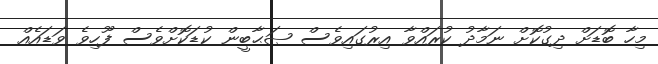
މިހާ ބޮޑަށް ދިގުކޮށް ނަމާދު ކުރައްވާ އިރުގައިވެސް ޞަޙާބީން ކުޑަކޮށްވެސް ފޫހިވެ ވަޑައެއް